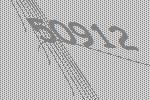
50912